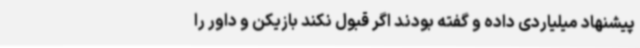
پیشنهاد میلیاردی داده و گفته بودند اگر قبول نکند بازیکن و داور را